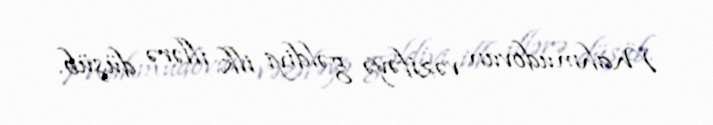
Mahmudovun vəzifəyə gəldiyi ilk illərə düşüb.